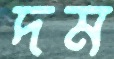
দম